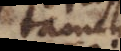
tamen